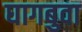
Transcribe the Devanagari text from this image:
घागबुवा